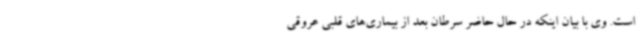
است. وی با بیان اینکه در حال حاضر سرطان بعد از بیماری‌های قلبی عروقی